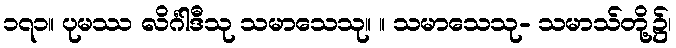
၁၇၁။ ပုမဿ လိင်္ဂါဒီသု သမာသေသု။ ။ သမာသေသု- သမာသ်တို့၌၊